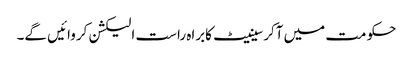
حکومت میں آکرسینیٹ کابراہ راست الیکشن کروائیں گے۔